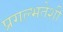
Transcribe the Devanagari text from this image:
प्रगल्भतेशी